Civil Veterinary Department Bihar reports 1936-40 - 1936-1940
Year: 1936
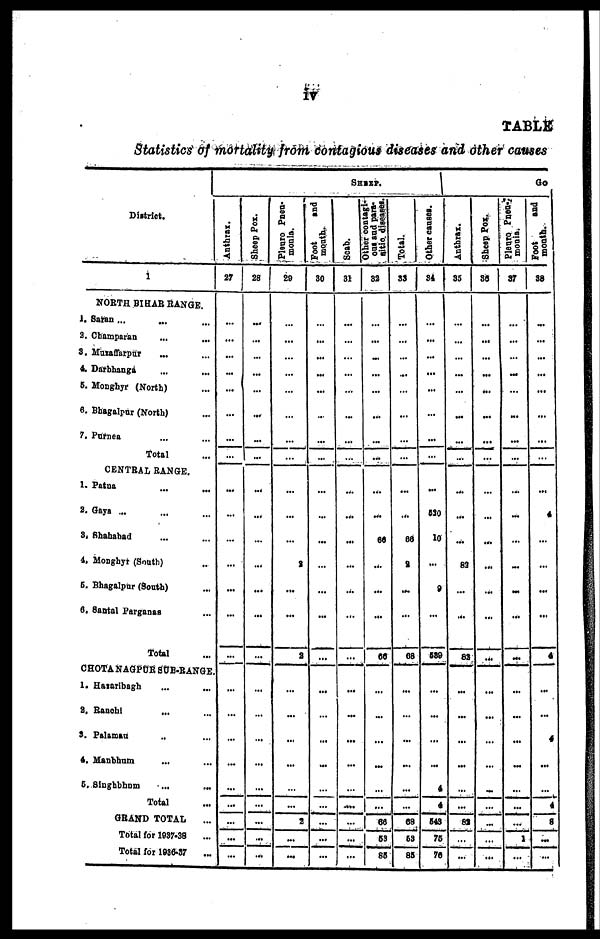
IV
TABLE
Statistics of mortality from contagious diseases and other causes
District.
1
NORTH BIHAR RANGE.
1. Satan ...
3. Champaran ... ...
3. Muzaffarpur ... ...
4. Darbhanga ... ...
5. Monghyr (North) ...
6. Bhagalpur (North) ...
7. Purnea ... ...
Total ...
CENTRAL RANGE.
1. Patna ... ...
2. Gaya ... ... ...
3. Shahahad ... ...
4. Monghyr (South) ..
5. Bhagalpur (South) ...
6. Santal Parganas ...
Total ...
CHOTA NAGPUR SUB-RANGE.
1. Hazaribagh ... ...
2. Ranchi ... ...
3. Palamau .. ...
4. Manbhum ... ...
5. Singhbhum
...
...
Total ...
GRAND TOTAL ...
Total for 1937-38 ...
Total for 1836-37 ...
Anthrax.
27
...
...
...
...
...
...
...
...
...
...
...
...
...
...
...
...
...
...
...
...
...
...
...
...
Sheep Pox.
28
...
...
...
...
...
...
...
...
...
...
...
...
...
...
...
...
...
...
...
...
...
...
...
...
Pleuro Pneu-
monia.
20
...
...
...
...
...
...
...
...
...
...
...
2
...
...
2
...
...
...
...
...
...
2
...
...
Foot
and
mouth.
30
...
...
...
...
...
...
...
...
...
...
...
...
...
...
...
...
...
...
...
...
...
...
...
...
SHEEP.
Scab.
31
...
...
...
...
...
...
...
...
...
...
...
...
...
...
...
...
...
...
...
...
....
...
...
...
Other contagi-
ous and para-
sitio. diseases.
32
...
...
...
...
...
...
...
...
...
...
66
...
...
...
66
...
...
...
...
...
...
66
53
80
Total.
33
...
...
...
...
...
...
...
...
...
...
66
9
...
...
68
...
...
...
...
...
...
68
63
85
Other causes.
34
...
...
...
...
...
...
...
...
...
530
10
...
9
...
589
...
...
...
...
4
4
543
75
76
Anthrax.
35
...
...
...
...
...
...
...
...
...
...
...
83
...
...
83
...
...
...
...
...
...
81
...
...
Sheep Pox.
36
...
...
...
...
...
...
...
...
...
...
...
...
...
...
...
...
...
...
...
...
...
...
...
...
Pleuro Pneu-
monia.
37
...
...
...
...
...
...
...
...
...
...
...
...
...
...
...
...
...
...
...
...
...
...
1
...
Go
Foot
and
month.
38
...
...
...
...
...
...
...
...
...
4
...
...
...
...
4
...
...
4
...
...
4
8
...
...